Scientific memoirs by medical officers of the Army of India - Part XII,
Year: 1901
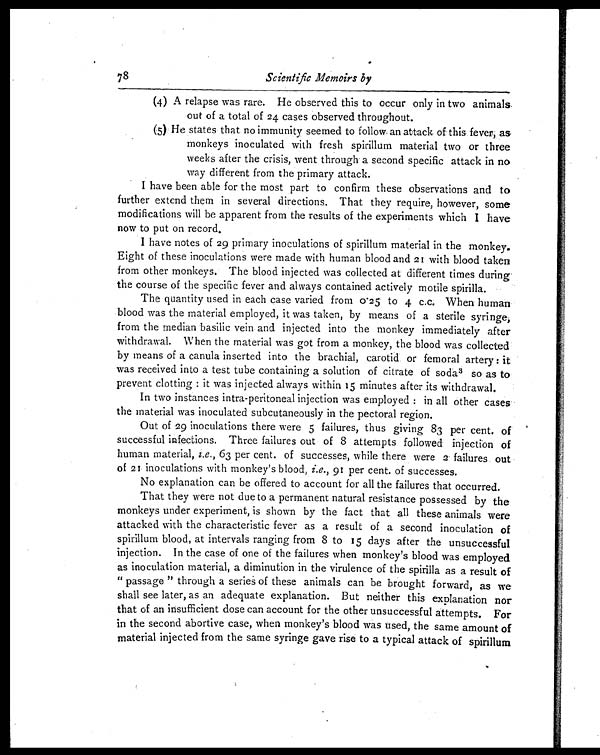
7 8
Scientific Memoirs by
(4) A relapse was rare. He observed this to occur only in two animals
out of a total of 24 cases observed throughout.
(5) He states that no immunity seemed to follow an attack of this fever, as
monkeys inoculated with fresh spirillum material two or three
weeks after the crisis, went through a second specific attack in no
way different from the primary attack.
I have been able for the most part to confirm these observations and to
further extend them in several directions. That they require, however, some
modifications will be apparent from the results of the experiments which I have
now to put on record.
I have notes of 29 primary inoculations of spirillum material in the monkey.
Eight of these inoculations were made with human blood and 21 with blood taken
from other monkeys. The blood injected was collected at different times during
the course of the specific fever and always contained actively motile spirilla.
The quantity used in each case varied from 0.25 to 4 c.c. When human
blood was the material employed, it was taken, by means of a sterile syringe,
from the median basilic vein and injected into the monkey immediately after
withdrawal. When the material was got from a monkey, the blood was collected
by means of a canula inserted into the brachial, carotid or femoral artery : it
was received into a test tube containing a solution of citrate of soda 3 so as to
prevent clotting : it was injected always within 15 minutes after its withdrawal.
In two instances intra-peritoneal injection was employed : in all other cases
the material was inoculated subcutaneously in the pectoral region.
Out of 29 inoculations there were 5 failures, thus giving 83 per cent. of
successful infections. Three failures out of 8 attempts followed injection of
human material, i.e., 63 per cent. of successes, while there were 2 failures out
of 21 inoculations with monkey's blood, i.e., 91 per cent. of successes.
No explanation can be offered to account for all the failures that occurred.
That they were not due to a permanent natural resistance possessed by the
monkeys under experiment, is shown by the fact that all these animals were
attacked with the characteristic fever as a result of a second inoculation of
spirillum blood, at intervals ranging from 8 to 15 days after the unsuccessful
injection. In the case of one of the failures when monkey's blood was employed
as inoculation material, a diminution in the virulence of the spirilla as a result of
" passage " through a series of these animals can be brought forward, as we
shall see later, as an adequate explanation. But neither this explanation nor
that of an insufficient dose can account for the other unsuccessful attempts. For
in the second abortive case, when monkey's blood was used, the same amount of
material injected from the same syringe gave rise to a typical attack of spirillum